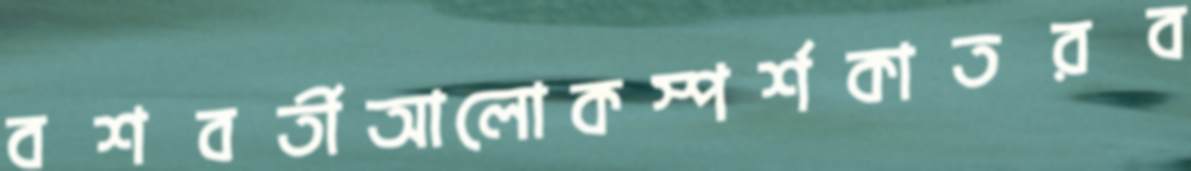
বশবর্তীআলোকস্পর্শকাতরব